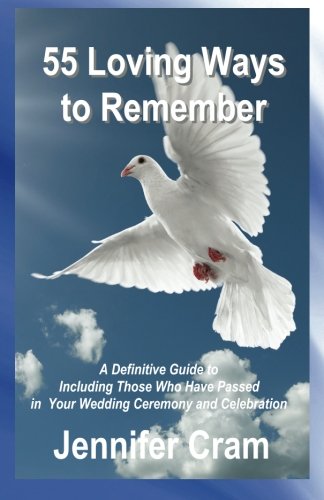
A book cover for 55 Loving Ways to Remember: A Definitive Guide to Including Those Who Have Passed in Your Wedding Ceremony and Celebration (Romantic Wedding Rituals); Jennifer Cram; Crafts, Hobbies & Home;